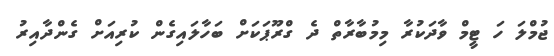
ޖުމްލަ ހަ ޓީމް ވާދަކުރާ މިމުބާރާތް ދެ ގްރޫޕަކަށް ބަހާލައިގެން ކުރިއަށް ގެންދާއިރު